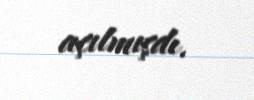
açılmışdı.